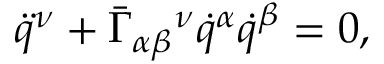
\ddot { q } ^ { \nu } + \bar { \Gamma } _ { \alpha \beta } { } ^ { \nu } \dot { q } ^ { \alpha } \dot { q } ^ { \beta } = 0 ,